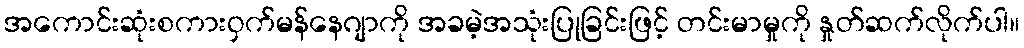
အကောင်းဆုံးစကားဝှက်မန်နေဂျာကို အခမဲ့အသုံးပြုခြင်းဖြင့် တင်းမာမှုကို နှုတ်ဆက်လိုက်ပါ။